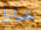
خيارا